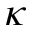
\kappa